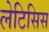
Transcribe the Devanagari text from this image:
लेटिसिस